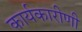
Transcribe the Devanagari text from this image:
कार्यकारीणी